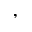
,